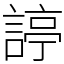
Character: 諪